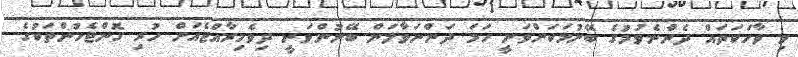
މި ވާހަކަތައް ދެންނެވުމުގެ ބޭނުމަކަށްވަނީ ހަމަ ދަންނަވާލަން ބޭނުންވަނީ ދިވެހިރާއްޖެއަށް ހުރި ގޮންޖެހުންތަކުގެ